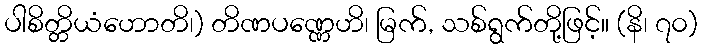
ပါစိတ္တိယံဟောတိ၊) တိဏပဏ္ဏေဟိ၊ မြက်, သစ်ရွက်တို့ဖြင့်။ (နိ၊ ၇၀)